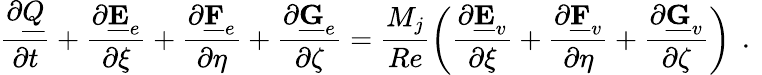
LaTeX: \frac{\partial\underline{{Q}}}{\partial t}+\frac{\partial\underline{{\mathbf{E}}}_{e}}{\partial\xi}+\frac{\partial\underline{{\mathbf{F}}}_{e}}{\partial\eta}+\frac{\partial\underline{{\mathbf{G}}}_{e}}{\partial\zeta}=\frac{M_{j}}{Re}\left(\frac{\partial\underline{{\mathbf{E}}}_{v}}{\partial\xi}+\frac{\partial\underline{{\mathbf{F}}}_{v}}{\partial\eta}+\frac{\partial\underline{{\mathbf{G}}}_{v}}{\partial\zeta}\right)\, \mathrm{~.~}